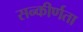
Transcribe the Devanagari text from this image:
सन्कीर्णता